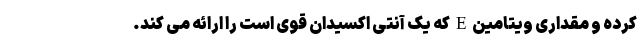
کرده و مقداری ویتامین E که یک آنتی اکسیدان قوی است را ارائه می کند.